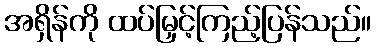
အရှိန်ကို ထပ်မြှင့်ကြည့်ပြန်သည်။